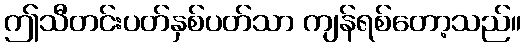
ဤသီတင်းပတ်နှစ်ပတ်သာ ကျန်ရစ်တော့သည်။